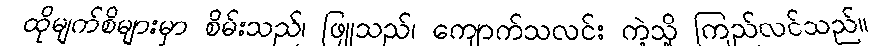
ထိုမျက်စိများမှာ စိမ်းသည်၊ ဖြူသည်၊ ကျောက်သလင်း ကဲ့သို့ ကြည်လင်သည်။